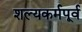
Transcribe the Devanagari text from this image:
शल्यकर्मपूर्व